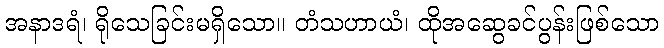
အနာဒရံ၊ ရိုသေခြင်းမရှိသော။ တံသဟာယံ၊ ထိုအဆွေခင်ပွန်းဖြစ်သော